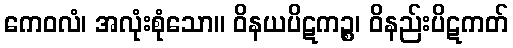
ကေဝလံ၊ အလုံးစုံသော။ ဝိနယပိဋကဉ္စ၊ ဝိနည်းပိဋကတ်